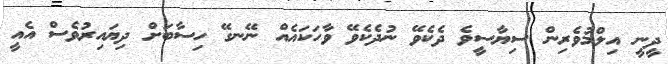
ދީނީ އިލްމުވެރިން ސިޔާސީވެ ދެކެވޭ ނުދެކެވޭ ވާހަކައެއް ނޭނގޭ ހިސާބަށް ދިޔައިރުވެސް އެއީ